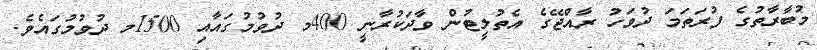
މުބާރާތުގެ ފުރަތަމަ ދުވަހު ރާއްޖޭގެ އެތުލީޓުން ވާދަކުރާނީ 400މ ދުވުމުގައާއި 1500މ ދުވުމުގައެވެ.